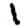
Digit: 1